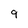
Character: 9